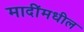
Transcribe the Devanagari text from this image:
मादींमधील